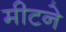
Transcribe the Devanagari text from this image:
मीटने